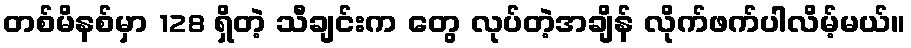
တစ်မိနစ်မှာ 128 ရှိတဲ့ သီချင်းက တွေ လုပ်တဲ့အချိန် လိုက်ဖက်ပါလိမ့်မယ်။